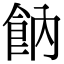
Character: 𩚛